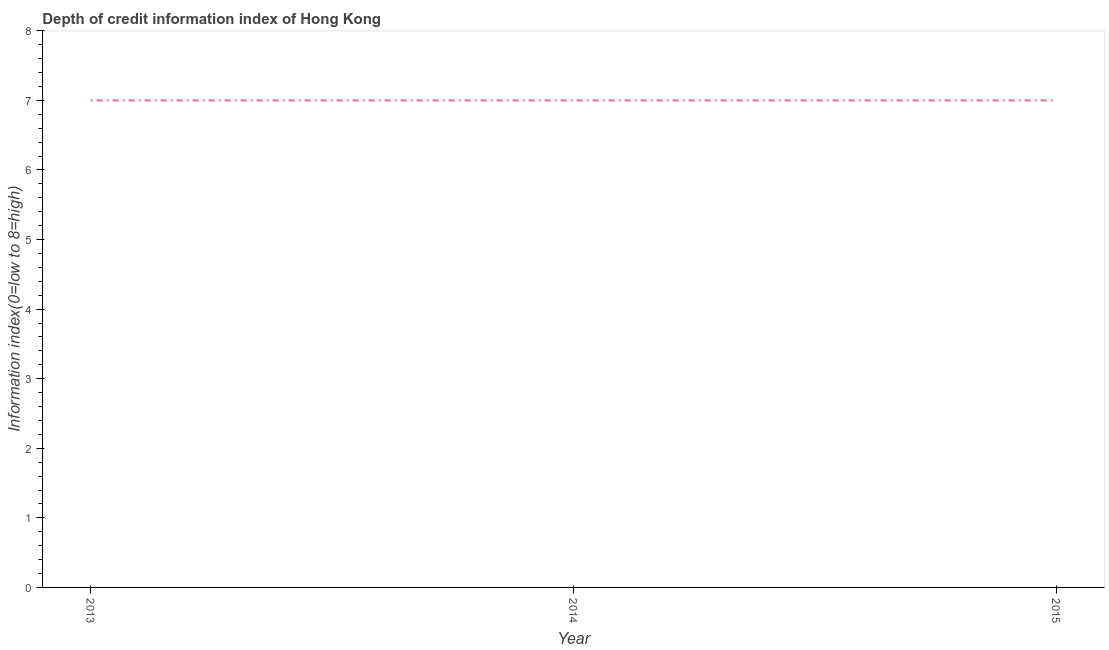
| Year | Depth of credit information index |
 | --- | --- |
 | 2013 | 7 |
 | 2014 | 7 |
 | 2015 | 7 |